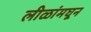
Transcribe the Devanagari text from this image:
लीळांमघून